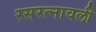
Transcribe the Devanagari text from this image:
रसरत्नावली